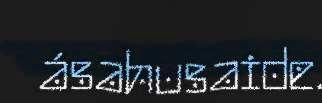
ásahusaide.